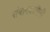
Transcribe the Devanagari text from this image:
संवादबाहिनी